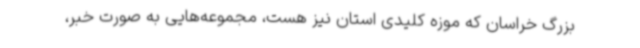
بزرگ خراسان که موزه کلیدی استان نیز هست، مجموعه‌هایی به صورت خبر،